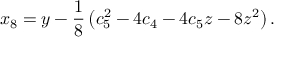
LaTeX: x _ { 8 } = y - \frac { 1 } { 8 } \left( c _ { 5 } ^ { 2 } - 4 c _ { 4 } - 4 c _ { 5 } z - 8 z ^ { 2 } \right) .